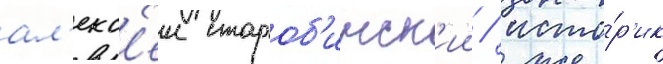
ал'екс'еи староб'инск'ии / исто́р'ик